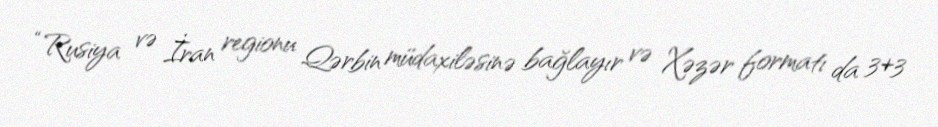
“Rusiya və İran regionu Qərbin müdaxiləsinə bağlayır və Xəzər formatı da 3+3